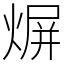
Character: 𤋊